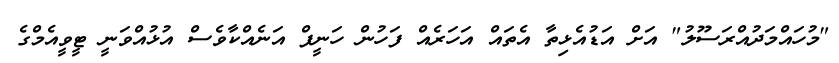
"މުހައްމަދުއްރަސޫލު" އަށް އަޑުއެޅިތާ އެތައް އަހަރެއް ފަހުން ހަނީފް އަނެއްކާވެސް އުޅުއްވަނީ ޓީވީއެމްގެ